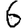
Digit: 6